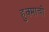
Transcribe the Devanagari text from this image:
हुक्माची